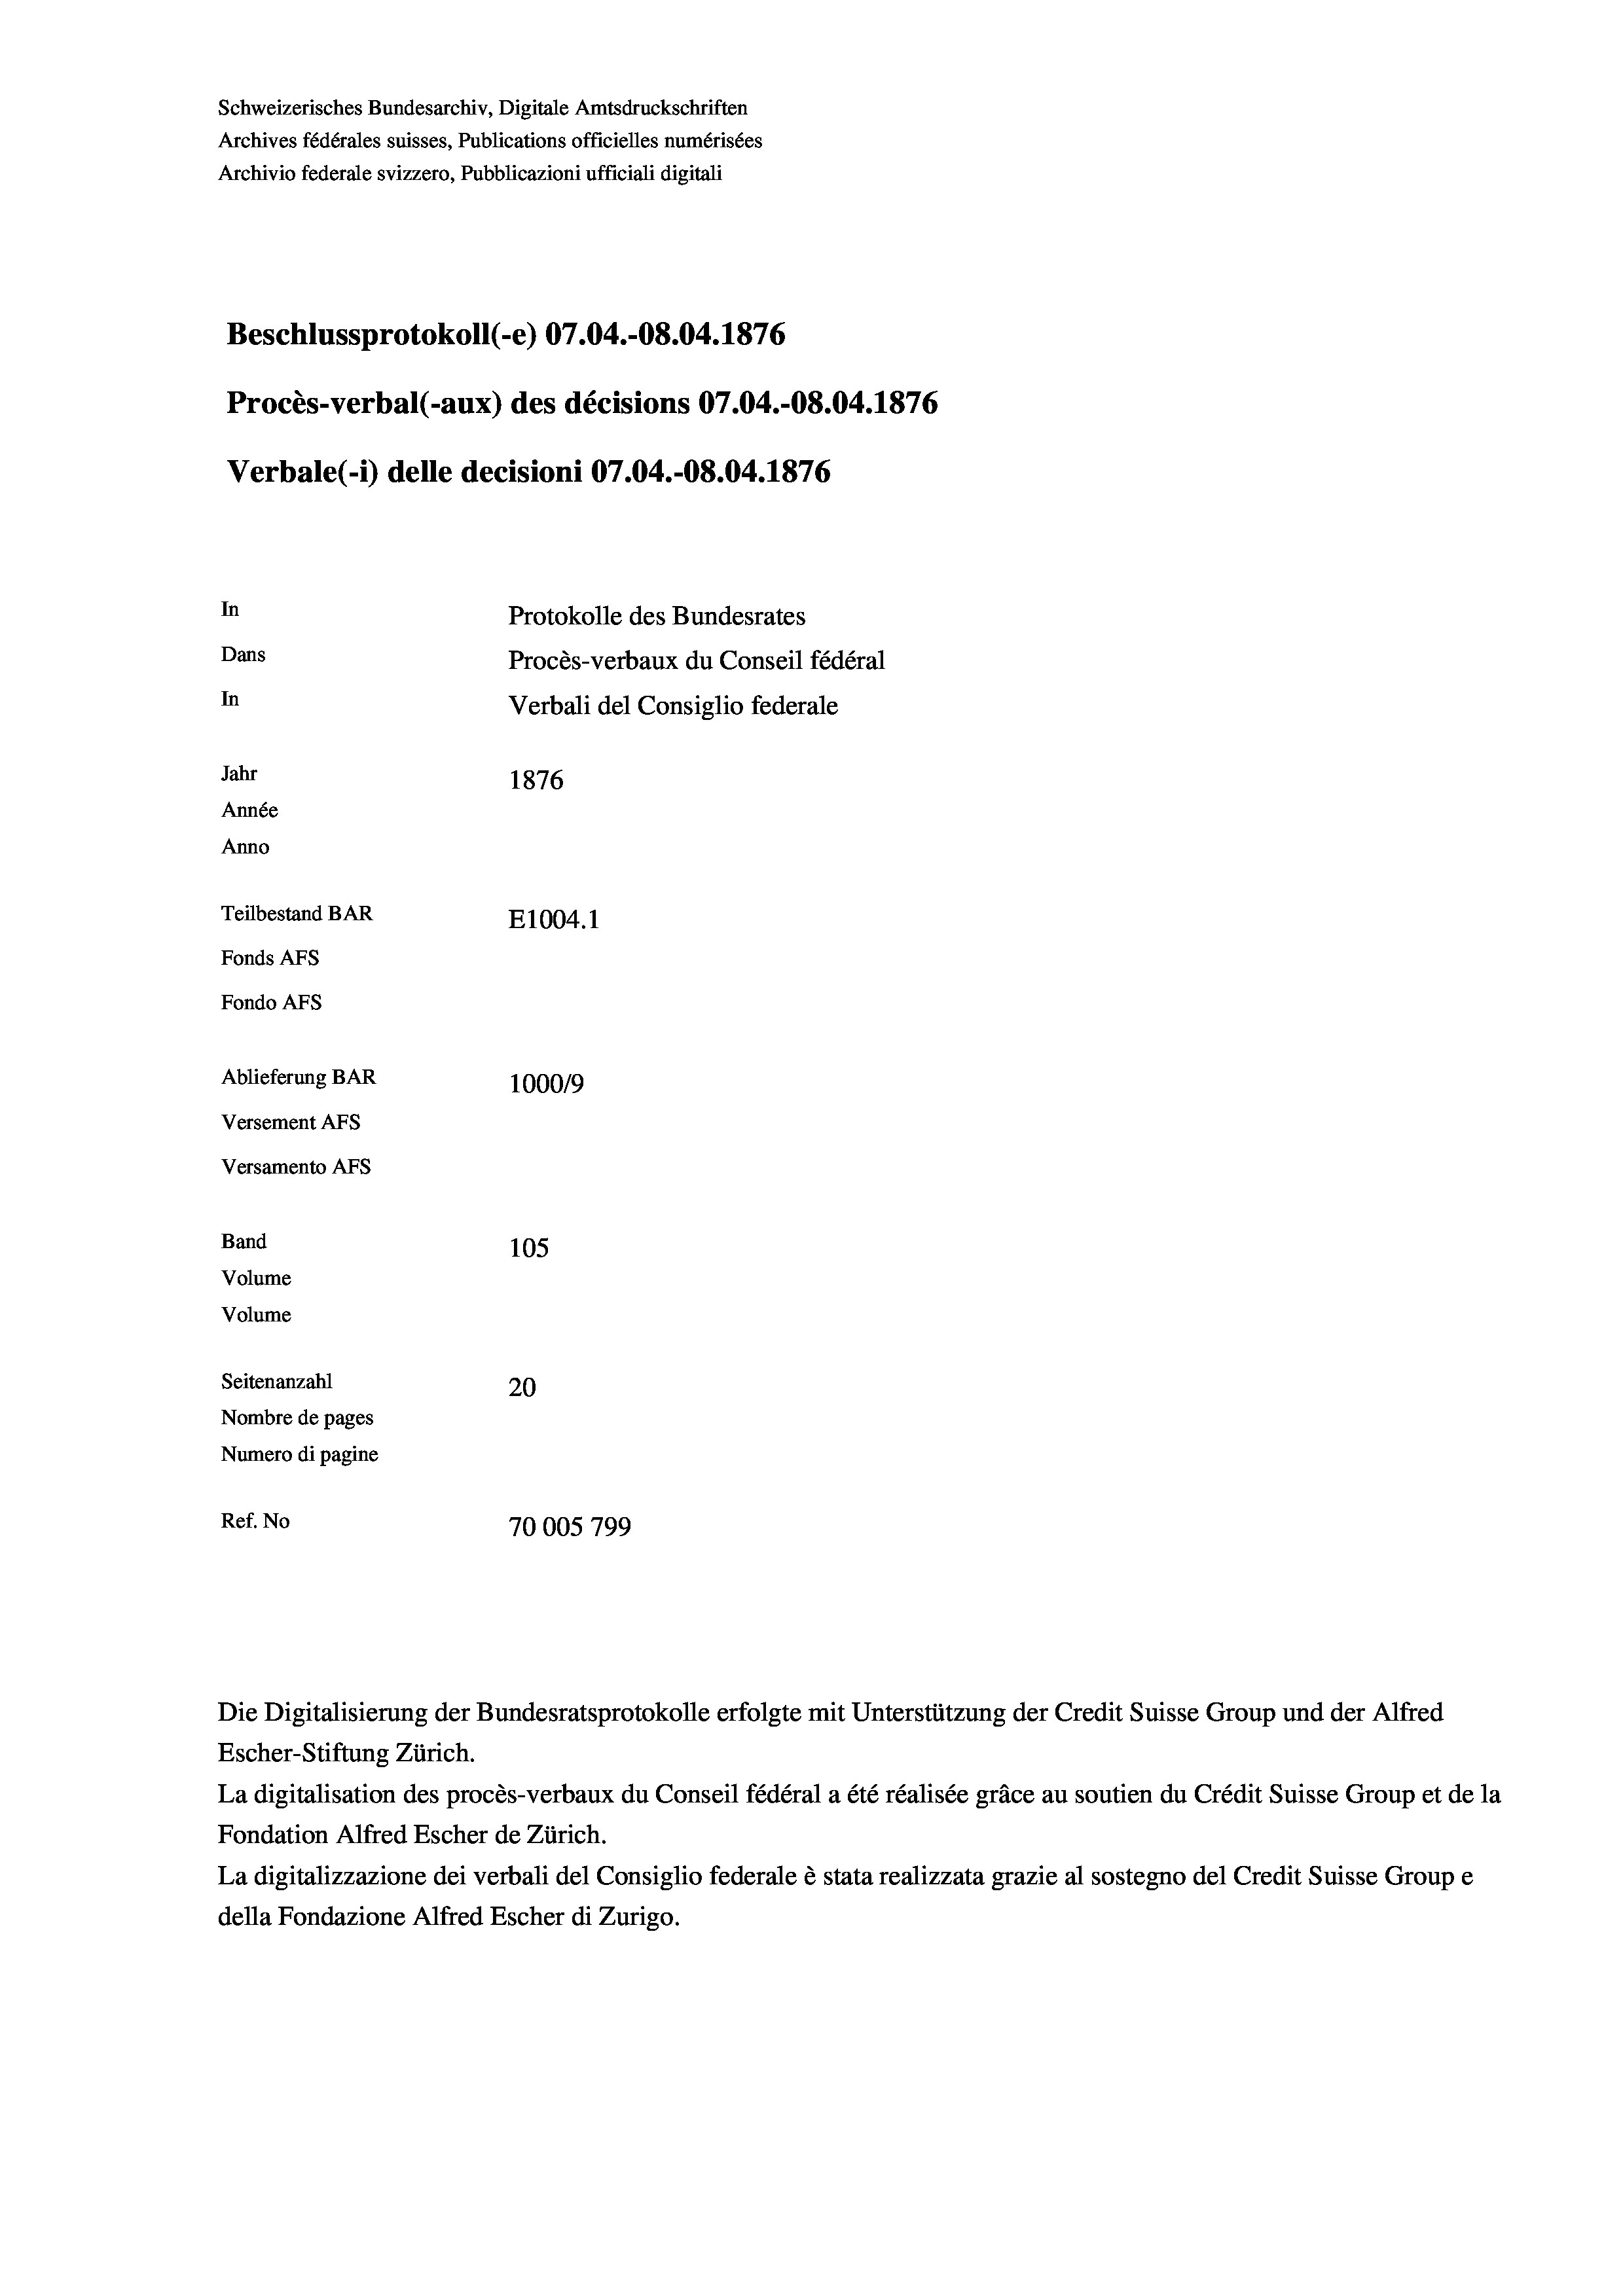
Schweizerisches Bundesarchiv, Digitale Amtsdruckschriften
Archives fédérales suisses, Publications officielles numérisées
Archivio federale svizzero, Pubblicazioni ufficiali digitali
Beschlussprotokoll (-e) 07.04.-08.04. 1876
Procès-verbal (-aux) des décisions 07.04.-O8.04. 1876
Verbale(-*) delle decisioni 07.04.-08.04. 1876
In
Protokolle des Bundesrates
Dans
Procès-verbaux du Conseil fédéral
In
Verbali del Consiglio federale
Jahr
1876
Année
Anno
Teilbestand BAR
E1004. 1
Fonds AFs
Fondo Afs
Ablieferung BAR
100019
Versement AFs
Versamento Afs

105
Volume
Volume
Seitenanzahl
20
Nombre de pages
Numero di pagine
Ref. No
70005 799

Band

Die Digitalisierung der Bundesratsprotokolle erfolgte mit Unterstützung der Credit Suisse Group und der Alfred
Escher-Stiftung Zürich.
La digitalisation des procès-verbaux du Conseil fédéral a été réalisée gräce au soutien du Crédit Suisse Group et de la
Fondation Alfred Escher de Zürich.
La digitalizzazione dei verbali del Consiglio federale è stata realizzata grazie al sostegno del Credit Suisse Groupe
della Fondazione Alfred Escher di Zurigo.

4